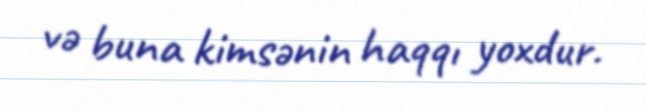
və buna kimsənin haqqı yoxdur.